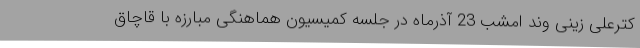
کترعلی زینی وند امشب 23 آذرماه در جلسه کمیسیون هماهنگی مبارزه با قاچاق